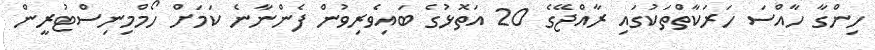
ހިންގާ ހާއްސަ ހަރަކާތްތަކުގައި ރާއްޖޭގެ 20 އަތޮޅުގެ ބައިވެރިވުން ފެންނާނެ ކަމަށް ހޯމްމިނިސްޓުރީން